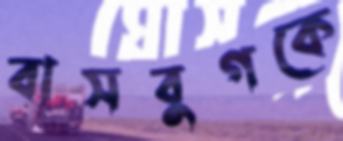
বাসবুগকে